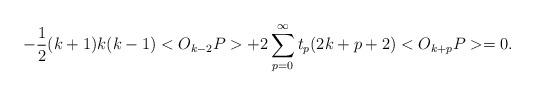
LaTeX: \begin{align*}-\frac{1}{2} (k+1)k(k-1) <O_{k-2} P> +2\sum_{p=0} ^{\infty} t_{p} (2k+p+2)<O_{k+p}P>=0.\end{align*}